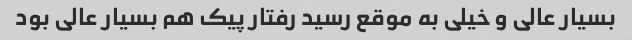
بسیار عالی و خیلی به موقع رسید رفتار پیک هم بسیار عالی بود